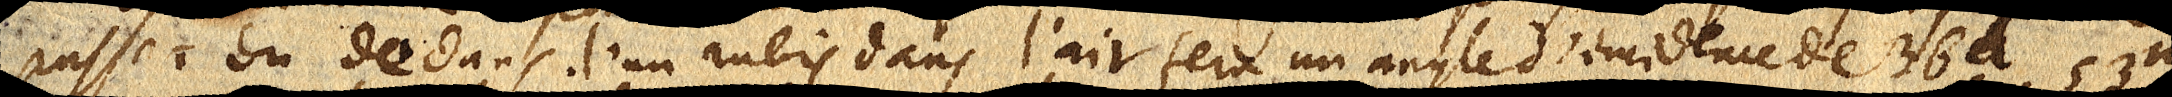
passer du dedans d’un rubis dans l’air fera un angle d’incidence de 36 d. 53 m.